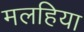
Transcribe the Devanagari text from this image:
मलहिया